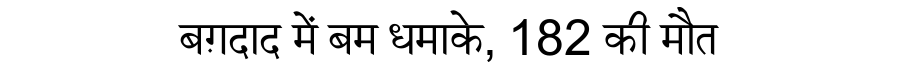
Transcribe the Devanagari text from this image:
बग़दाद में बम धमाके, 182 की मौत